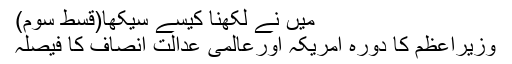
میں نے لکھنا کیسے سیکھا(قسط سوم)
وزیراعظم کا دورۂ امریکہ اورعالمی عدالتِ انصاف کا فیصلہ